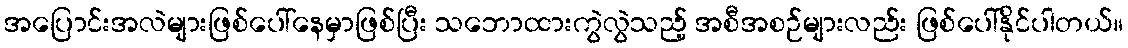
အပြောင်းအလဲများဖြစ်ပေါ်နေမှာဖြစ်ပြီး သဘောထားကွဲလွဲသည့် အစီအစဉ်များလည်း ဖြစ်ပေါ်နိုင်ပါတယ်။